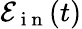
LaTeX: \mathcal{E}_{\mathrm{~i~n~}}(t)